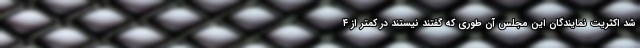
شد اکثریت نمایندگان این مجلس آن طوری که گفتند نیستند در کمتر از ۴